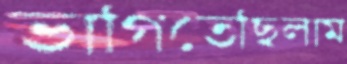
ভাগিতেছিলাম